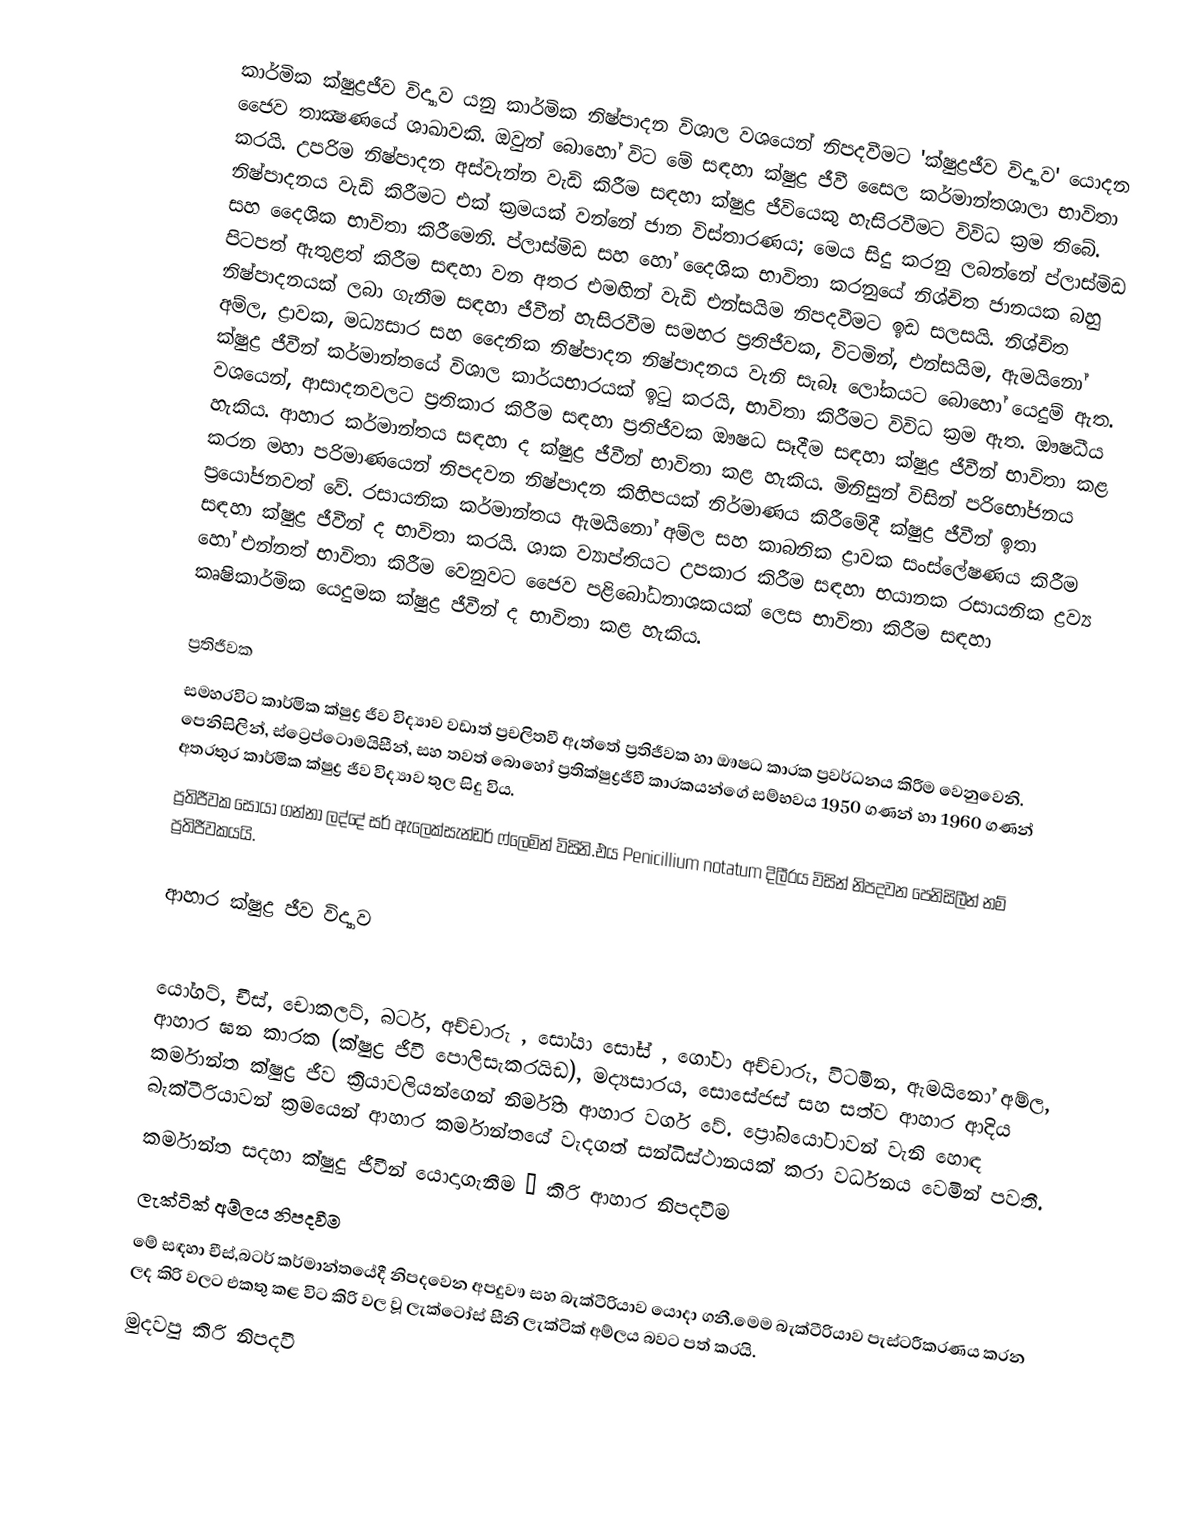
කාර්මික ක්ෂුද්‍රජීව විද්‍යාව යනු කාර්මික නිෂ්පාදන විශාල වශයෙන් නිපදවීමට 'ක්ෂුද්‍රජීව විද්‍යාව' යොදන ජෛව තාක්‍ෂණයේ ශාඛාවකි. ඔවුන් බොහෝ විට මේ සඳහා ක්ෂුද්‍ර ජීවී සෛල කර්මාන්තශාලා භාවිතා කරයි. උපරිම නිෂ්පාදන අස්වැන්න වැඩි කිරීම සඳහා ක්ෂුද්‍ර ජීවියෙකු හැසිරවීමට විවිධ ක්‍රම තිබේ. නිෂ්පාදනය වැඩි කිරීමට එක් ක්‍රමයක් වන්නේ ජාන විස්තාරණය; මෙය සිදු කරනු ලබන්නේ ප්ලාස්මිඩ සහ දෛශික භාවිතා කිරීමෙනි. ප්ලාස්මිඩ සහ හෝ දෛශික භාවිතා කරනුයේ නිශ්චිත ජානයක බහු පිටපත් ඇතුළත් කිරීම සඳහා වන අතර එමඟින් වැඩි එන්සයිම නිපදවීමට ඉඩ සලසයි. නිශ්චිත නිෂ්පාදනයක් ලබා ගැනීම සඳහා ජීවීන් හැසිරවීම සමහර ප්‍රතිජීවක, විටමින්, එන්සයිම, ඇමයිනෝ අම්ල, ද්‍රාවක, මධ්‍යසාර සහ දෛනික නිෂ්පාදන නිෂ්පාදනය වැනි සැබෑ ලෝකයට බොහෝ යෙදුම් ඇත. ක්ෂුද්‍ර ජීවීන් කර්මාන්තයේ විශාල කාර්යභාරයක් ඉටු කරයි, භාවිතා කිරීමට විවිධ ක්‍රම ඇත. ඖෂධීය වශයෙන්, ආසාදනවලට ප්‍රතිකාර කිරීම සඳහා ප්‍රතිජීවක ඖෂධ සෑදීම සඳහා ක්ෂුද්‍ර ජීවීන් භාවිතා කළ හැකිය. ආහාර කර්මාන්තය සඳහා ද ක්ෂුද්‍ර ජීවීන් භාවිතා කළ හැකිය. මිනිසුන් විසින් පරිභෝජනය කරන මහා පරිමාණයෙන් නිපදවන නිෂ්පාදන කිහිපයක් නිර්මාණය කිරීමේදී ක්ෂුද්‍ර ජීවීන් ඉතා ප්‍රයෝජනවත් වේ. රසායනික කර්මාන්තය ඇමයිනෝ අම්ල සහ කාබනික ද්‍රාවක සංස්ලේෂණය කිරීම සඳහා ක්ෂුද්‍ර ජීවීන් ද භාවිතා කරයි. ශාක ව්‍යාප්තියට උපකාර කිරීම සඳහා භයානක රසායනික ද්‍රව්‍ය හෝ එන්නත් භාවිතා කිරීම වෙනුවට ජෛව පළිබෝධනාශකයක් ලෙස භාවිතා කිරීම සඳහා කෘෂිකාර්මික යෙදුමක ක්ෂුද්‍ර ජීවීන් ද භාවිතා කළ හැකිය.

ප්‍රතිජීවක
සමහරවිට කාර්මික ක්ෂුද්‍ර ජීව විද්‍යාව වඩාත් ප්‍රචලිතවී ඇත්තේ ප්‍රතිජීවක හා ඖෂධ කාරක ප්‍රවර්ධනය කිරීම වෙනුවෙනි.   පෙනිසිලින්, ස්ට්‍රෙප්ටොමයිසීන්, සහ තවත් බොහෝ ප්‍රතික්ෂුද්‍රජීවී කාරකයන්ගේ සම්භවය 1950 ගණන් හා 1960 ගණන් අතරතුර කාර්මික ක්ෂුද්‍ර ජීව විද්‍යාව තුල සිදු විය.
 ප්‍රතිජීවක සොයා ගන්නා ලද්දේ සර් ඇලෙක්සැන්ඩර් ෆ්ලෙමින් විසිනි.එය Penicillium notatum දිලීරය විසින් නිපදවන පෙනිසිලීන් නම් ප්‍රතිජීවකයයි.

ආහාර ක්ෂුද්‍ර ජීව විද්‍යාව

යෝගට්, චීස්, චොකලට්, බටර්, අච්චාරු , සෝයා සෝස් , ගෝවා අච්චාරු, විටමින, ඇමයිනෝ අම්ල, ආහාර ඝන කාරක (ක්ෂුද්‍ර ජීවී පොලිසැකරයිඩ), මද්‍යසාරය, සොසේජස් සහ සත්ව ආහාර ආදිය කර්මාන්ත ක්ෂුද්‍ර ජීව ක්‍රියාවලියන්ගෙන් නිර්මිත ආහාර වර්ග ‍වේ. ප්‍රෝබයෝටාවන් වැනි හොඳ බැක්ටීරියාවන් ක්‍රමයෙන් ආහාර කර්මාන්තයේ වැදගත් සන්ධිස්ථානයක් කරා වර්ධනය වෙමින් පවතී.
කර්මාන්ත සදහා ක්ෂුදු ජීවීන් යොදාගැනීම — කිරි ආහාර නිපදවීම
ලැක්ටික් අම්ලය නිපදවීම
මේ සඳහා චීස්,බටර් කර්මාන්තයේදී නිපදවෙන අපදුවෳ සහ බැක්ටීරියාව යොදා ගනී.මෙම බැක්ටීරියාව පැස්ටරීකරණය කරන ලද කිරි වලට එකතු කළ විට කිරි වල වූ ලැක්ටෝස් සීනි ලැක්ටික් අම්ලය බවට පත් කරයි.
මුදවපු කිරි නිපදවී